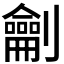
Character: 𭄜